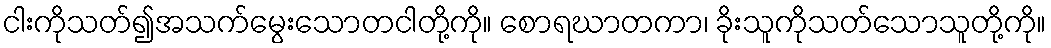
ငါးကိုသတ်၍အသက်မွေးသောတငါတို့ကို။ စောရဃာတကာ၊ ခိုးသူကိုသတ်သောသူတို့ကို။